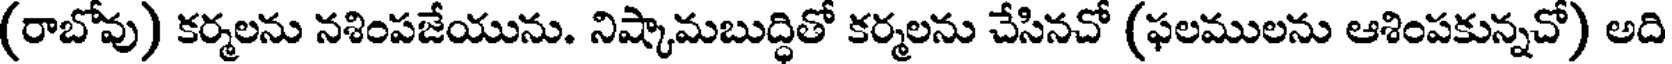
(రాబోవు) కర్మలను నశింపజేయును. నిష్కామబుద్ధితో కర్మలను చేసినచో (ఫలములను ఆశింపకున్నచో) అది